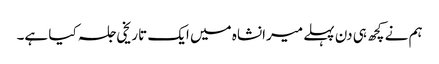
ہم نے کچھ ہی دن پہلے میرانشاہ میں ایک تاریخی جلسہ کیا ہے۔